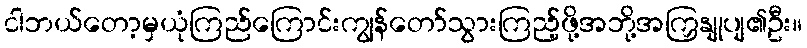
ငါဘယ်တော့မှယုံကြည်ကြောင်းကျွန်တော်သွားကြည့်ဖို့အဘို့အကြှနျုပျ၏ဦး။